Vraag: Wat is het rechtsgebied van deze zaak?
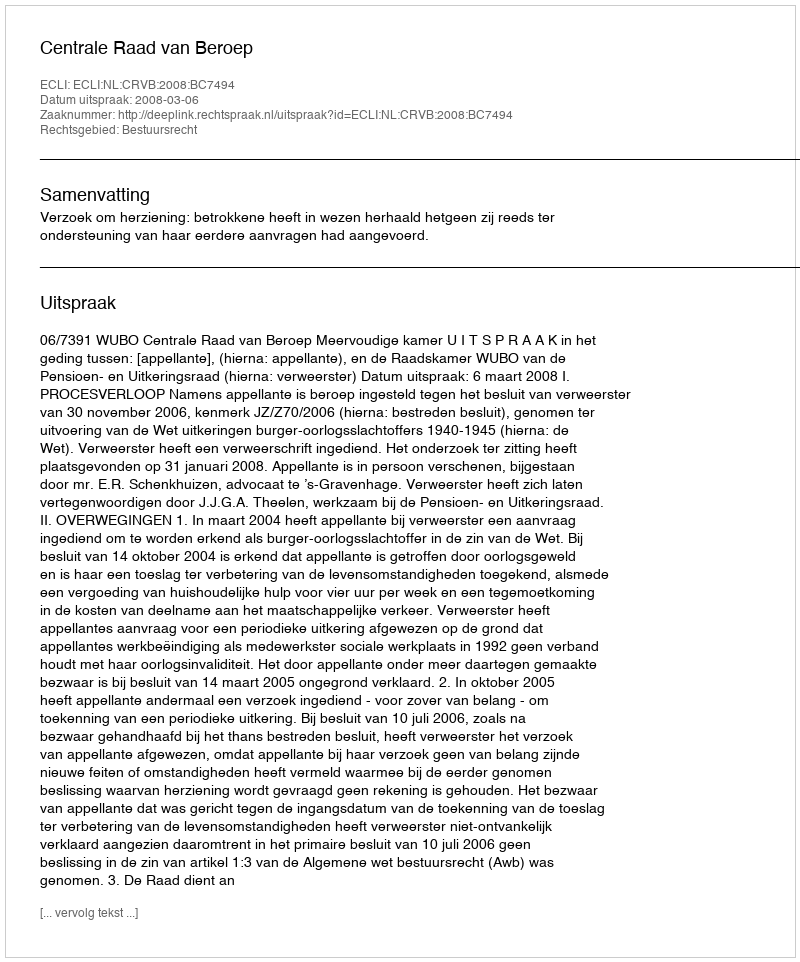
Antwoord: Bestuursrecht